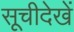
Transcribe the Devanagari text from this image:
सूचीदेखें